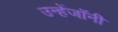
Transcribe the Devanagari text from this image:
उन्हेंजॉनी